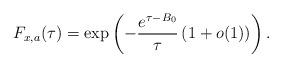
LaTeX: \begin{align*} F_{x, a}(\tau)= \exp\left(-\frac{e^{\tau-B_0}}{ \tau} \left(1+o(1)\right)\right).\end{align*}